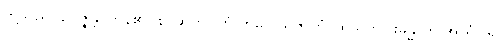
တို့သည်။ ဥပ္ပဇ္ဇန္တိ၊ ကုန်၏။ စ၊ ဆက်။ တံ ကိလေသဇာတံ၊ ထိုသူတပါးခန္ဓာကို အာရုံပြု၍